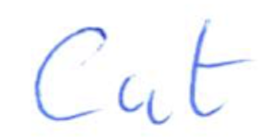
Text: Cut
Cross-out: clean
Writing tool: ballpoint